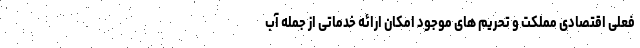
فعلی اقتصادی مملکت و تحریم های موجود امکان ارائه خدماتی از جمله آب